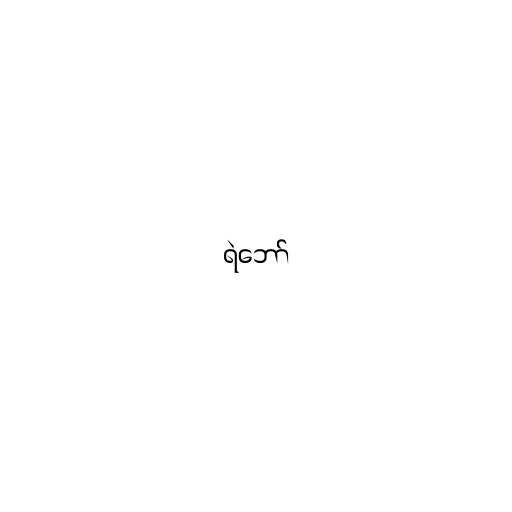
ရဲဘော်